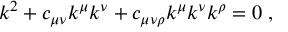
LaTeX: k ^ { 2 } + c _ { \mu \nu } k ^ { \mu } k ^ { \nu } + c _ { \mu \nu \rho } k ^ { \mu } k ^ { \nu } k ^ { \rho } = 0 \; ,